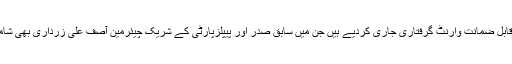
ذرائع کے مطابق منی لانڈرنگ کیس میں عدالت نے مقدمہ کے مفرور ملزمان کے ناقابل ضمانت وارنٹ گرفتاری جاری کردیے ہیں جن میں سابق صدر اور پیپلزپارٹی کے شریک چیئرمین آصف علی زرداری بھی شامل ہیں، عدالت نے ملزمان کو 4 ستمبر تک گرفتار کرکے پیش کرنے کا حکم دیا ہے۔